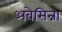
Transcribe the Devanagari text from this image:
अवेसिन्ना